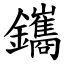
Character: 鑴